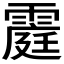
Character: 𮦥